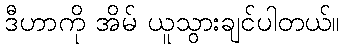
ဒီဟာကို အိမ် ယူသွားချင်ပါတယ်။